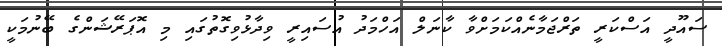
ސައޫދީ އަސްކަރީ ތަރްޖަމާނެއްކަމަށްވާ ކާނަލް އަހްމަދު އުސައިރީ ވިދާޅުވިގޮތުގައި މި އޮޕަރޭޝަންގެ ބޭނުމަކީ